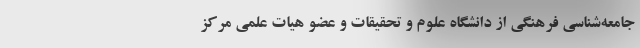
جامعه‌شناسی فرهنگی از دانشگاه علوم و تحقیقات و عضو هیات علمی مرکز